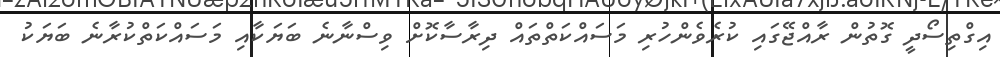
އިގްތިސޯދީ ގޮތުން ރާއްޖޭގައި ކުރެވެންހުރި މަަސައްކަތްތައް ދިރާސާކޮށް ވިސްނާނެ ބަޔަކާއި މަަސައްކަތްކުރާނެ ބަޔަކު